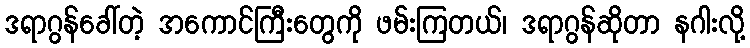
ဒရာဂွန်ခေါ်တဲ့ အကောင်ကြီးတွေကို ဖမ်းကြတယ်၊ ဒရာဂွန်ဆိုတာ နဂါးလို့